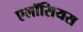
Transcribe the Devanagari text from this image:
एलॉसियस